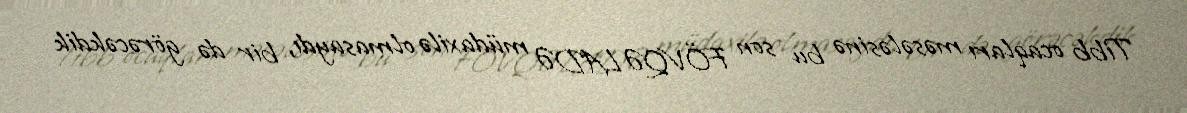
Tibb ocaqları məsələsinə bu son FÖVQƏLADƏ müdaxilə olmasaydı, bir də görəcəkdik